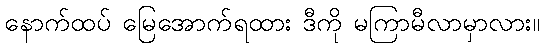
နောက်ထပ် မြေအောက်ရထား ဒီကို မကြာမီလာမှာလား။